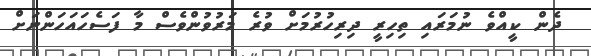
ދެން ކީއްވެ ނުމަރައި ތިހިރީ ދިރިހުރުމަށް ވުރެ މަރުވުންވެސް މާ ފަސެހައަހަންނަށް